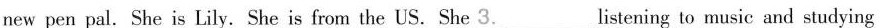
new pen pal.She is Lily.She is from the US. She 3.___listening to music and studying